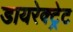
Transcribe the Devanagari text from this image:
डायरेक्ट्रेट